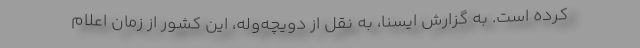
کرده است. به گزارش ایسنا، به نقل از دویچه‌وله، این کشور از زمان اعلام